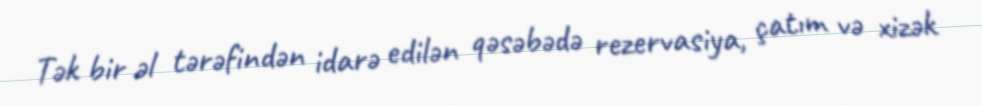
Tək bir əl tərəfindən idarə edilən qəsəbədə rezervasiya, çatım və xizək